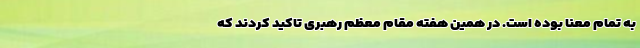
به تمام معنا بوده است. در همین هفته مقام معظم رهبری تاکید کردند که